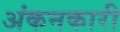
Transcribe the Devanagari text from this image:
अंकनकारी